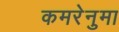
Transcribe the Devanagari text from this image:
कमरेनुमा